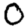
Digit: 0